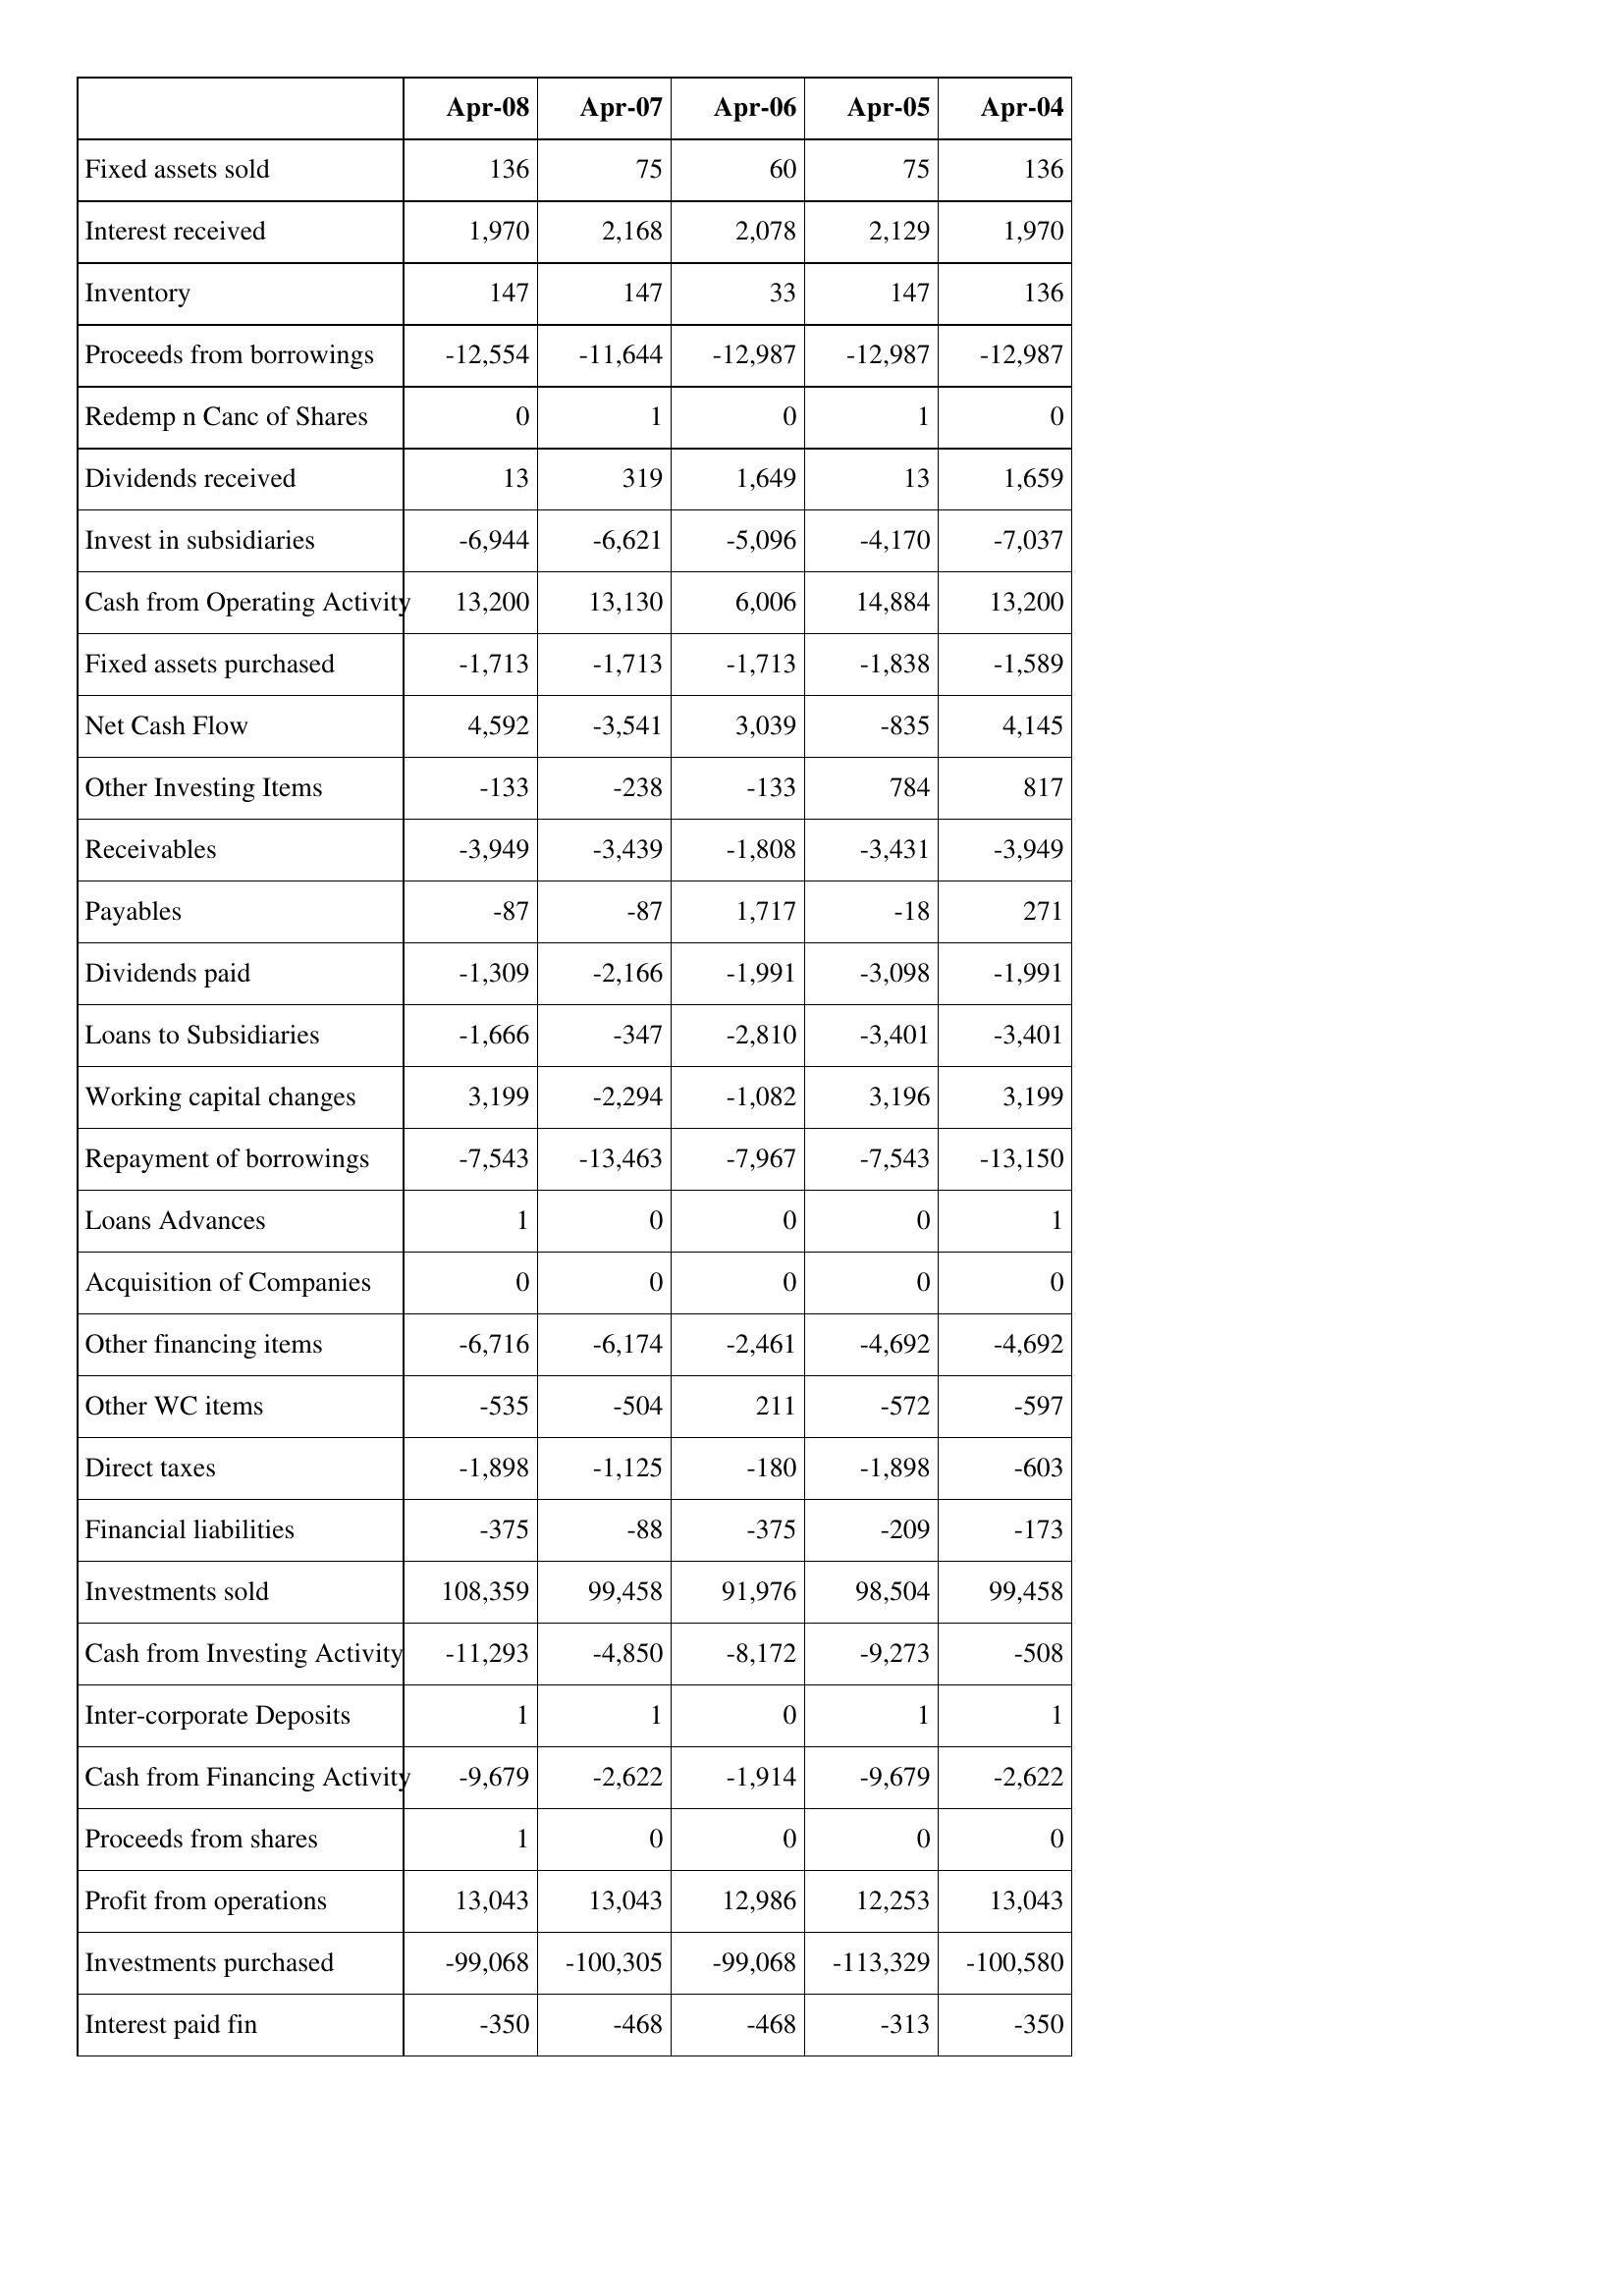
Apr-08: Cash Flows: Fixed assets sold: 136
Interest received: 1,970
Inventory: 147
Proceeds from borrowings: -12,554
Redemp n Canc of Shares: 0
Dividends received: 13
Invest in subsidiaries: -6,944
Cash from Operating Activity: 13,200
Fixed assets purchased: -1,713
Net Cash Flow: 4,592
Other Investing Items: -133
Receivables: -3,949
Payables: -87
Dividends paid: -1,309
Loans to Subsidiaries: -1,666
Working capital changes: 3,199
Repayment of borrowings: -7,543
Loans Advances: 1
Acquisition of Companies: 0
Other financing items: -6,716
Other WC items: -535
Direct taxes: -1,898
Financial liabilities: -375
Investments sold: 108,359
Cash from Investing Activity: -11,293
Inter-corporate Deposits: 1
Cash from Financing Activity: -9,679
Proceeds from shares: 1
Profit from operations: 13,043
Investments purchased: -99,068
Interest paid fin: -350
Apr-07: Cash Flows: Fixed assets sold: 75
Interest received: 2,168
Inventory: 147
Proceeds from borrowings: -11,644
Redemp n Canc of Shares: 1
Dividends received: 319
Invest in subsidiaries: -6,621
Cash from Operating Activity: 13,130
Fixed assets purchased: -1,713
Net Cash Flow: -3,541
Other Investing Items: -238
Receivables: -3,439
Payables: -87
Dividends paid: -2,166
Loans to Subsidiaries: -347
Working capital changes: -2,294
Repayment of borrowings: -13,463
Loans Advances: 0
Acquisition of Companies: 0
Other financing items: -6,174
Other WC items: -504
Direct taxes: -1,125
Financial liabilities: -88
Investments sold: 99,458
Cash from Investing Activity: -4,850
Inter-corporate Deposits: 1
Cash from Financing Activity: -2,622
Proceeds from shares: 0
Profit from operations: 13,043
Investments purchased: -100,305
Interest paid fin: -468
Apr-06: Cash Flows: Fixed assets sold: 60
Interest received: 2,078
Inventory: 33
Proceeds from borrowings: -12,987
Redemp n Canc of Shares: 0
Dividends received: 1,649
Invest in subsidiaries: -5,096
Cash from Operating Activity: 6,006
Fixed assets purchased: -1,713
Net Cash Flow: 3,039
Other Investing Items: -133
Receivables: -1,808
Payables: 1,717
Dividends paid: -1,991
Loans to Subsidiaries: -2,810
Working capital changes: -1,082
Repayment of borrowings: -7,967
Loans Advances: 0
Acquisition of Companies: 0
Other financing items: -2,461
Other WC items: 211
Direct taxes: -180
Financial liabilities: -375
Investments sold: 91,976
Cash from Investing Activity: -8,172
Inter-corporate Deposits: 0
Cash from Financing Activity: -1,914
Proceeds from shares: 0
Profit from operations: 12,986
Investments purchased: -99,068
Interest paid fin: -468
Apr-05: Cash Flows: Fixed assets sold: 75
Interest received: 2,129
Inventory: 147
Proceeds from borrowings: -12,987
Redemp n Canc of Shares: 1
Dividends received: 13
Invest in subsidiaries: -4,170
Cash from Operating Activity: 14,884
Fixed assets purchased: -1,838
Net Cash Flow: -835
Other Investing Items: 784
Receivables: -3,431
Payables: -18
Dividends paid: -3,098
Loans to Subsidiaries: -3,401
Working capital changes: 3,196
Repayment of borrowings: -7,543
Loans Advances: 0
Acquisition of Companies: 0
Other financing items: -4,692
Other WC items: -572
Direct taxes: -1,898
Financial liabilities: -209
Investments sold: 98,504
Cash from Investing Activity: -9,273
Inter-corporate Deposits: 1
Cash from Financing Activity: -9,679
Proceeds from shares: 0
Profit from operations: 12,253
Investments purchased: -113,329
Interest paid fin: -313
Apr-04: Cash Flows: Fixed assets sold: 136
Interest received: 1,970
Inventory: 136
Proceeds from borrowings: -12,987
Redemp n Canc of Shares: 0
Dividends received: 1,659
Invest in subsidiaries: -7,037
Cash from Operating Activity: 13,200
Fixed assets purchased: -1,589
Net Cash Flow: 4,145
Other Investing Items: 817
Receivables: -3,949
Payables: 271
Dividends paid: -1,991
Loans to Subsidiaries: -3,401
Working capital changes: 3,199
Repayment of borrowings: -13,150
Loans Advances: 1
Acquisition of Companies: 0
Other financing items: -4,692
Other WC items: -597
Direct taxes: -603
Financial liabilities: -173
Investments sold: 99,458
Cash from Investing Activity: -508
Inter-corporate Deposits: 1
Cash from Financing Activity: -2,622
Proceeds from shares: 0
Profit from operations: 13,043
Investments purchased: -100,580
Interest paid fin: -350